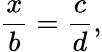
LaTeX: {\frac{x}{b}}={\frac{c}{d}},